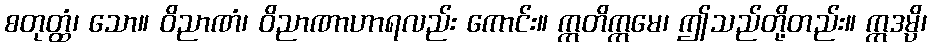
စတုတ္ထံ၊ သော။ ဝိညာဏံ၊ ဝိညာဏာဟာရလည်း ကောင်း။ ဣတိဣမေ၊ ဤသည်တို့တည်း။ ဣဒမ္ပိ၊